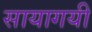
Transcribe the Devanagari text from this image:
सायागयी